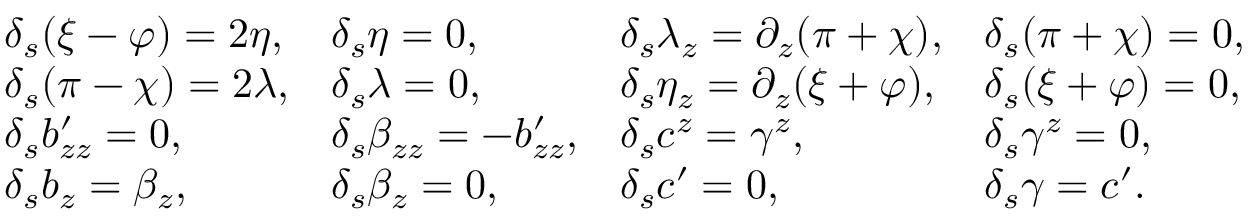
\begin{array} { l l l l } { { \delta _ { s } ( \xi - \varphi ) = 2 \eta , } } & { { \delta _ { s } \eta = 0 , } } & { { \delta _ { s } \lambda _ { z } = \partial _ { z } ( \pi + \chi ) , } } & { { \delta _ { s } ( \pi + \chi ) = 0 , } } \\ { { \delta _ { s } ( \pi - \chi ) = 2 \lambda , } } & { { \delta _ { s } \lambda = 0 , } } & { { \delta _ { s } \eta _ { z } = \partial _ { z } ( \xi + \varphi ) , } } & { { \delta _ { s } ( \xi + \varphi ) = 0 , } } \\ { { \delta _ { s } b _ { z z } ^ { \prime } = 0 , } } & { { \delta _ { s } \beta _ { z z } = - b _ { z z } ^ { \prime } , } } & { { \delta _ { s } c ^ { z } = \gamma ^ { z } , } } & { { \delta _ { s } \gamma ^ { z } = 0 , } } \\ { { \delta _ { s } b _ { z } = \beta _ { z } , } } & { { \delta _ { s } \beta _ { z } = 0 , } } & { { \delta _ { s } c ^ { \prime } = 0 , } } & { { \delta _ { s } \gamma = c ^ { \prime } . } } \end{array}